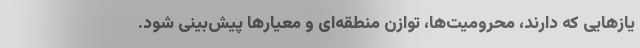
یازهایی که دارند، محرومیت‌ها، توازن منطقه‌ای و معیارها پیش‌بینی شود.